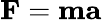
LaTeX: \mathbf{F}=\mathbf{m}\mathbf{a}